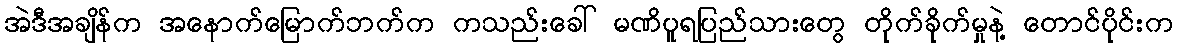
အဲဒီအချိန်က အနောက်မြောက်ဘက်က ကသည်းခေါ် မဏိပူရပြည်သားတွေ တိုက်ခိုက်မှုနဲ့ တောင်ပိုင်းက